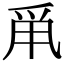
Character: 𤔆